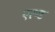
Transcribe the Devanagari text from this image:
एरण्ड